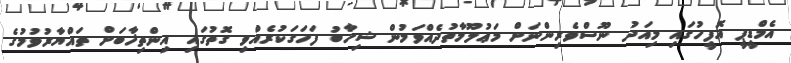
އެމްޑީޕީ އޮފީހުގައި މިއަދު ނޫސްވެރިންނަށް މަޢުލޫމާތުދެއްވަމުން ޝިހާބު ފަހަގަކުރެއްވި ގޮތުގައި އިންތިޚާބަށް ތައްޔާރުވުމުގެ